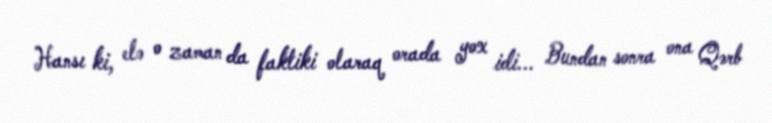
Hansı ki, elə o zaman da faktiki olaraq orada yox idi... Bundan sonra ona Qərb